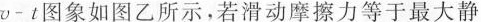
v-t图象如图乙所示，若滑动摩擦力等于最大静